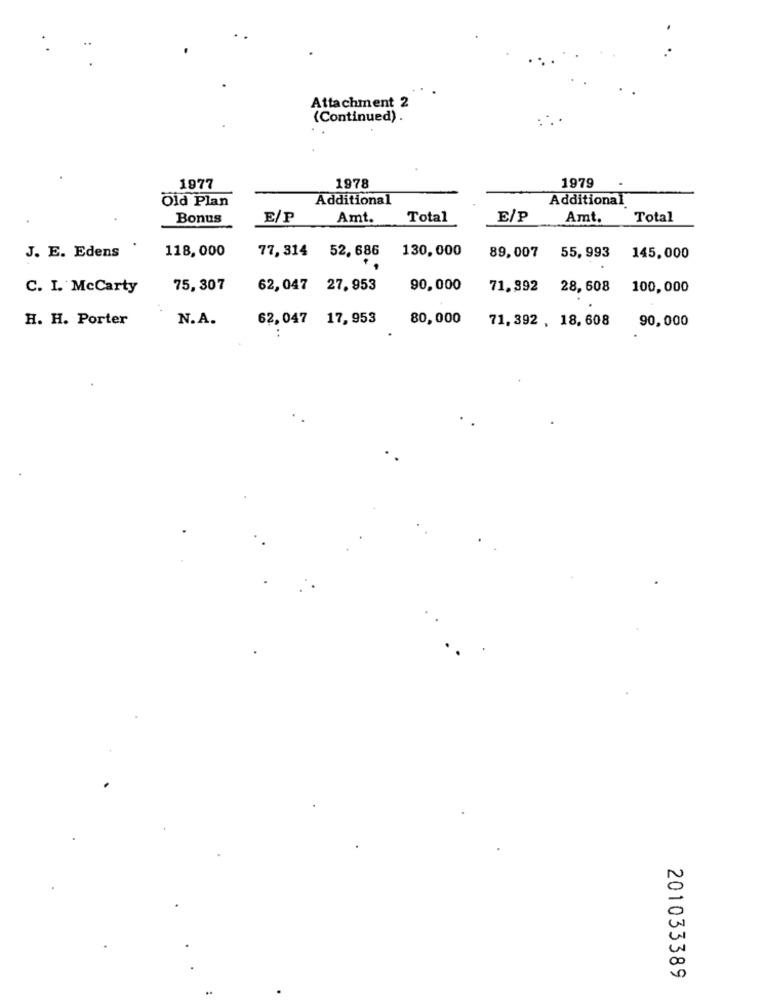
Attachment 2
(Continued) .
1977
1978
1979
Old Plan
Additional
Additional
Bonus
E/P
Amt.
Total
E/P
Amt.
Total
118,000
77, 314
52, 686
130,000
J. E. Edens
89,007
55, 993
145,000
C. I. McCarty
75,307
62, 047 27,953
90,000
71,992
28, 608
100,000
H. H. Porter
N.A.
62,047
17,953
80,000
71. 392 , 18, 608
90,000
201033389